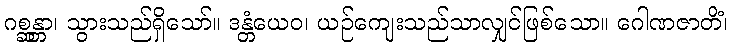
ဂစ္ဆန္တာ၊ သွားသည်ရှိသော်။ ဒန္တံယေဝ၊ ယဉ်ကျေးသည်သာလျှင်ဖြစ်သော။ ဂေါဏဇာတိံ၊